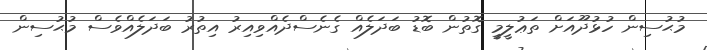
މުޙުސިން ހުޅުދޫއަށް ތަޢުލީމީ ގޮތުން ބޮޑު ބަދަލެއް ގެނެސްދެއްވިއިރު އިތުރު ބަދަލެއްވެސް މުޙުސިން